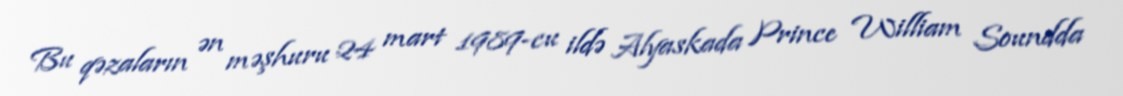
Bu qəzaların ən məşhuru 24 mart 1989-cu ildə Alyaskada Prince William Soundda